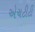
એચટીટી